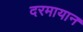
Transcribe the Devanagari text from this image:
दरमायान